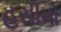
હસીનો